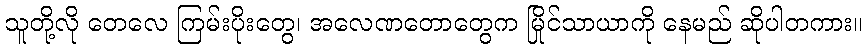
သူတို့လို တေလေ ကြမ်းပိုးတွေ၊ အလေဏတောတွေက မြိုင်သာယာကို နေမည် ဆိုပါတကား။